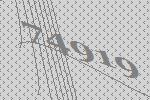
74919